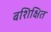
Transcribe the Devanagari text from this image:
बशिक्षित